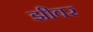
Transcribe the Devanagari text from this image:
झीवर